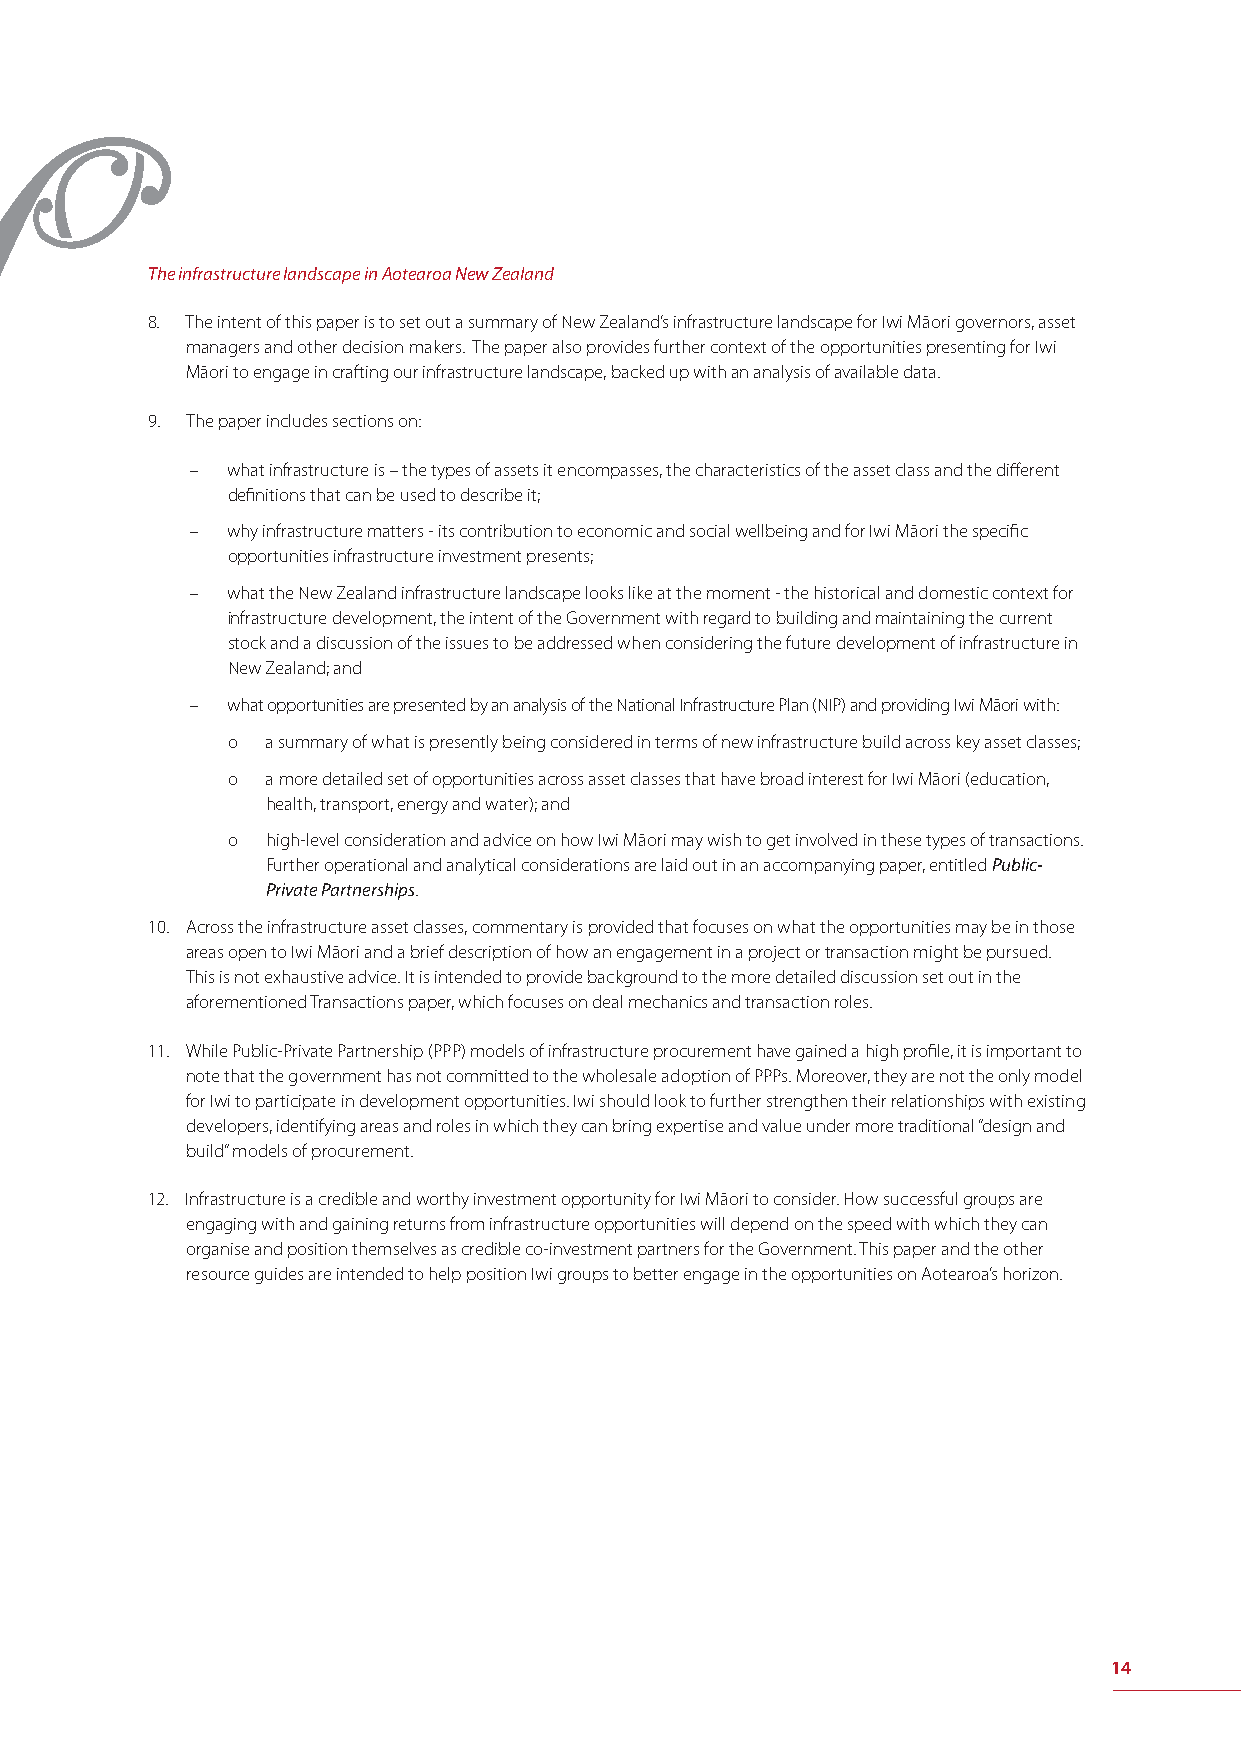
The infrastructure landscape in Aotearoa New Zealand
 8. The intent of this paper is to set out a summary of New Zealand’s infrastructure landscape for Iwi Māori governors, asset
 managers and other decision makers. The paper also provides further context of the opportunities presenting for Iwi
 Māori to engage in crafting our infrastructure landscape, backed up with an analysis of available data.
 9. The paper includes sections on:
 – what infrastructure is – the types of assets it encompasses, the characteristics of the asset class and the diff erent
 defi nitions that can be used to describe it;
 – why infrastructure matters - its contribution to economic and social wellbeing and for Iwi Māori the specifi c
 opportunities infrastructure investment presents;
 – what the New Zealand infrastructure landscape looks like at the moment - the historical and domestic context for
 infrastructure development, the intent of the Government with regard to building and maintaining the current
 stock and a discussion of the issues to be addressed when considering the future development of infrastructure in
 New Zealand; and
 – what opportunities are presented by an analysis of the National Infrastructure Plan (NIP) and providing Iwi Māori with:
 o  a summary of what is presently being considered in terms of new infrastructure build across key asset classes;
 o  a more detailed set of opportunities across asset classes that have broad interest for Iwi Māori (education,
 health, transport, energy and water); and
 o  high-level consideration and advice on how Iwi Māori may wish to get involved in these types of transactions.
 Further operational and analytical considerations are laid out in an accompanying paper, entitled Public-
 Private Partnerships.
 10. Across the infrastructure asset classes, commentary is provided that focuses on what the opportunities may be in those
 areas open to Iwi Māori and a brief description of how an engagement in a project or transaction might be pursued.
 This is not exhaustive advice. It is intended to provide background to the more detailed discussion set out in the
 aforementioned Transactions paper, which focuses on deal mechanics and transaction roles.
 11. While Public-Private Partnership (PPP) models of infrastructure procurement have gained a high profi le, it is important to
 note that the government has not committed to the wholesale adoption of PPPs. Moreover, they are not the only model
 for Iwi to participate in development opportunities. Iwi should look to further strengthen their relationships with existing
 developers, identifying areas and roles in which they can bring expertise and value under more traditional “design and
 build” models of procurement.
 12. Infrastructure is a credible and worthy investment opportunity for Iwi Māori to consider. How successful groups are
 engaging with and gaining returns from infrastructure opportunities will depend on the speed with which they can
 organise and position themselves as credible co-investment partners for the Government. This paper and the other
 resource guides are intended to help position Iwi groups to better engage in the opportunities on Aotearoa’s horizon.
 14